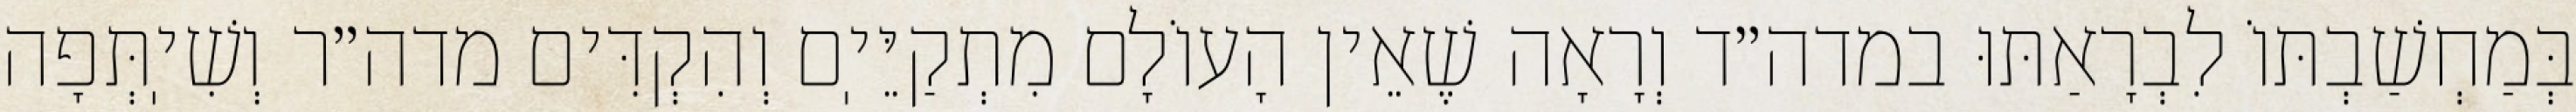
בְּמַחְשַׁבְתּוֹ לִבְרָאַתּוּ במדה״ד וְרָאָה שֶׁאֵין הָעוֹלָם מִתְקַיֵּיֽם וְהִקְדִּים מדה״ר וְשִׁיֽתְּפָה